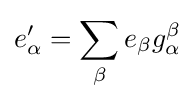
e_{\alpha }'=\sum _{\beta }e_{\beta }g_{\alpha }^{\beta }